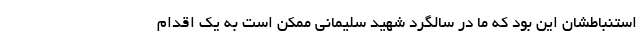
استنباطشان این بود که ما در سالگرد شهید سلیمانی ممکن است به یک اقدام